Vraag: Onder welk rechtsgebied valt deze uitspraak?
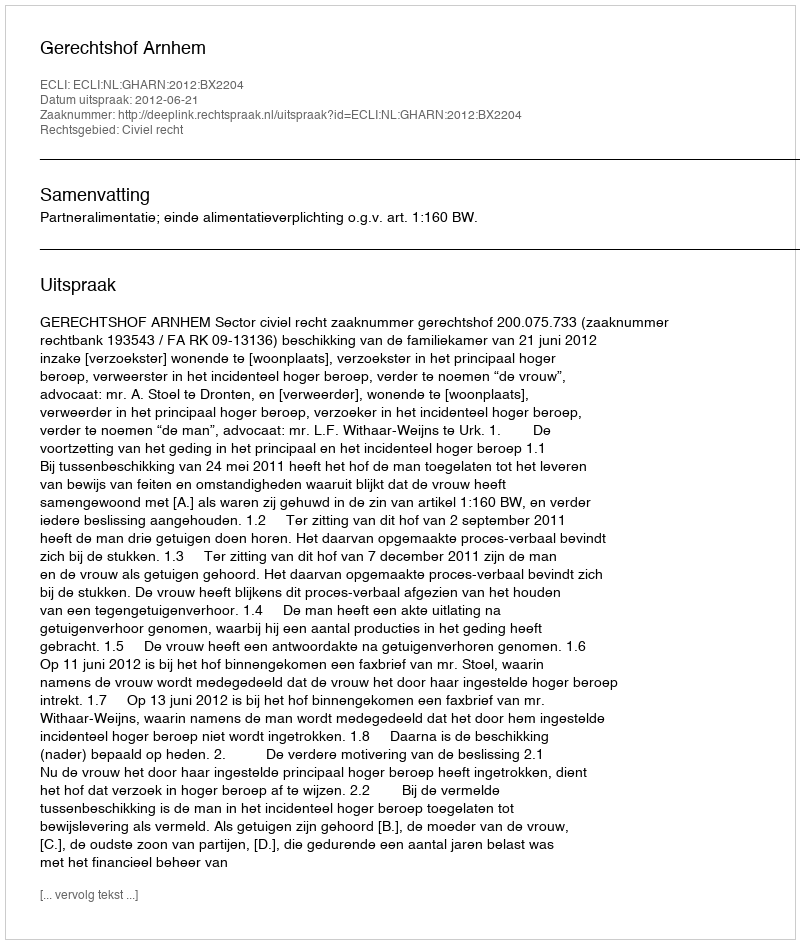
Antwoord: Civiel recht